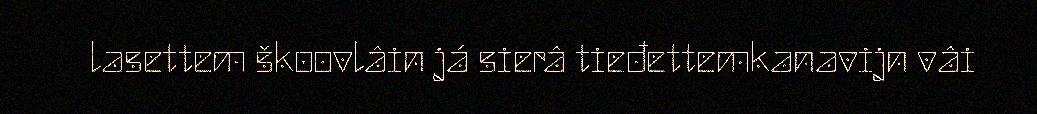
lasettem škoovlâin já sierâ tieđettemkanavijn vâi